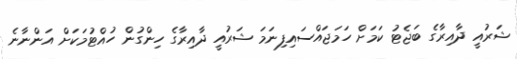
ޝަރުއީ ދާއިރާގެ ބަޖެޓު ކަމަށް ހަމަޖައްސައިފިނަމަ ޝަރުއީ ދާއިރާގެ ހިންގުން ހުއްޓުމަކަށް އަންނާނެ